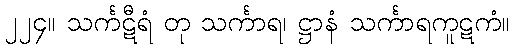
၂၂၄။ သင်္ကဋီရံ တု သင်္ကာရ၊ ဋ္ဌာနံ သင်္ကာရကူဋကံ။